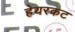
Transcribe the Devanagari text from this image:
हेयरकट